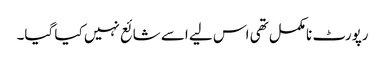
رپورٹ نامکمل تھی اس لیے اسے شائع نہیں کیا گیا۔